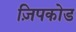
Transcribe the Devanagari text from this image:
ज़िपकोड